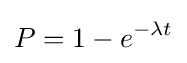
P=1-e^{-\lambda t}